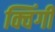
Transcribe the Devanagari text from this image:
क्विंगी